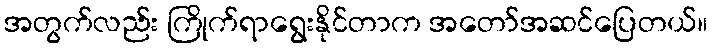
အတွက်လည်း ကြိုက်ရာရွေးနိုင်တာက အတော်အဆင်ပြေတယ်။